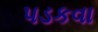
પડકવા